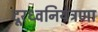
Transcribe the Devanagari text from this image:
दूरध्वनियंत्रणा